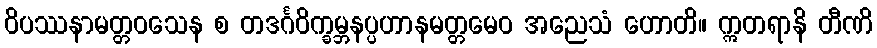
ဝိပဿနာမတ္တဝသေန စ တဒင်္ဂဝိက္ခမ္ဘနပ္ပဟာနမတ္တမေဝ အညေသံ ဟောတိ။ ဣတရာနိ တီဏိ